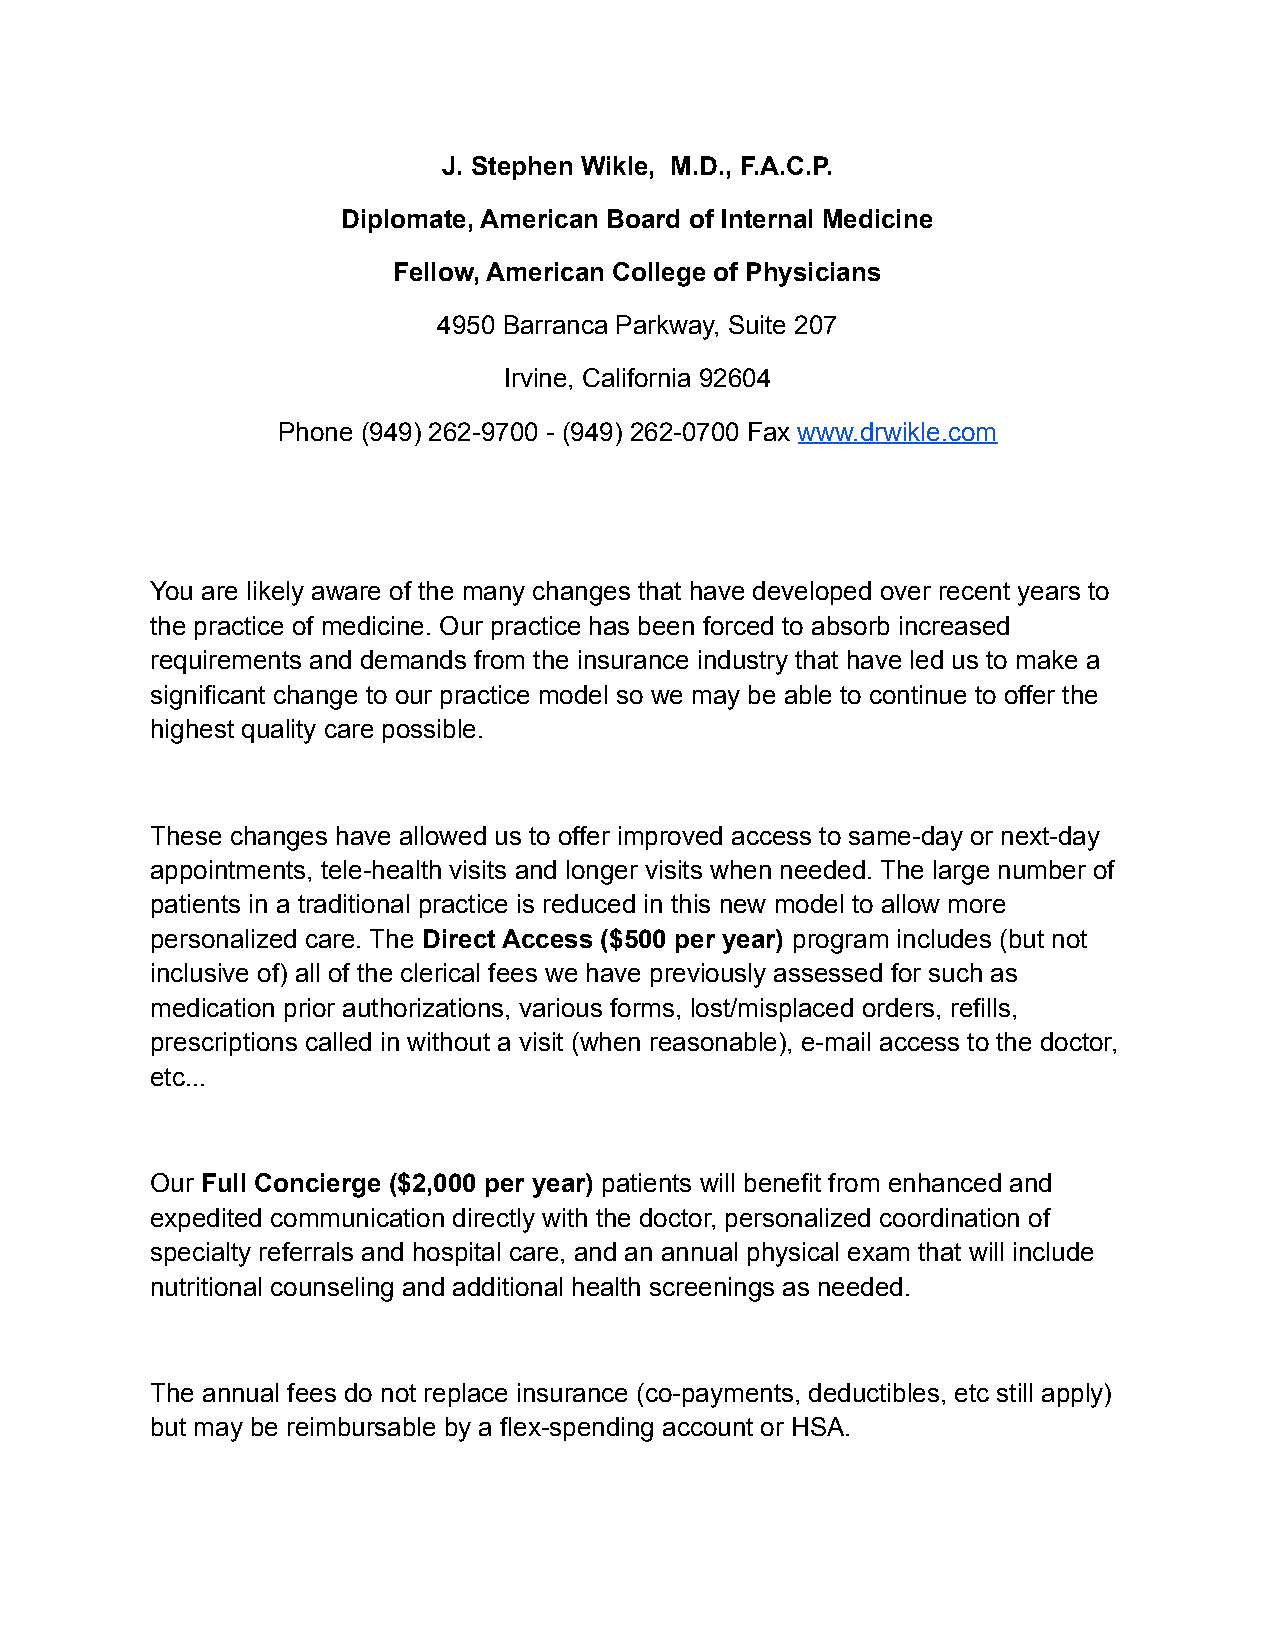
J. Stephen Wikle, M.D., F.A.C.P.
 Diplomate, American Board of Internal Medicine
 Fellow, American College of Physicians
 4950 Barranca Parkway, Suite 207
 Irvine, California 92604
 Phone (949) 262-9700 - (949) 262-0700 Fax www.drwikle.com
 You are likely aware of the many changes that have developed over recent years to
 the practice of medicine. Our practice has been forced to absorb increased
 requirements and demands from the insurance industry that have led us to make a
 significant change to our practice model so we may be able to continue to offer the
 highest quality care possible.
 These changes have allowed us to offer improved access to same-day or next-day
 appointments, tele-health visits and longer visits when needed. The large number of
 patients in a traditional practice is reduced in this new model to allow more
 personalized care. The Direct Access ($500 per year) program includes (but not
 inclusive of) all of the clerical fees we have previously assessed for such as
 medication prior authorizations, various forms, lost/misplaced orders, refills,
 prescriptions called in without a visit (when reasonable), e-mail access to the doctor,
 etc...
 Our Full Concierge ($2,000 per year) patients will benefit from enhanced and
 expedited communication directly with the doctor, personalized coordination of
 specialty referrals and hospital care, and an annual physical exam that will include
 nutritional counseling and additional health screenings as needed.
 The annual fees do not replace insurance (co-payments, deductibles, etc still apply)
 but may be reimbursable by a flex-spending account or HSA.